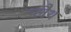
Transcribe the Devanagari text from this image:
प्लैथ